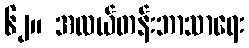
၆၂။ အလယ်တန်းဘာသာရေး